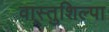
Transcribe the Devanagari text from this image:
वास्तुशिल्पा